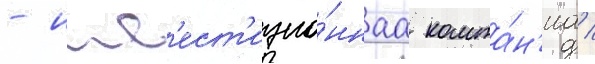
- инв'ест'ицио́ннаа компа́н'иа /